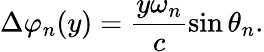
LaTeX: \Delta\varphi_{n}(y)=\frac{y\omega_{n}}{c}\sin{\theta_{n}}.